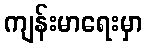
ကျန်းမာရေးမှာ